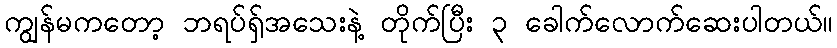
ကျွန်မကတော့ ဘရပ်ရှ်အသေးနဲ့ တိုက်ပြီး ၃ ခေါက်လောက်ဆေးပါတယ်။